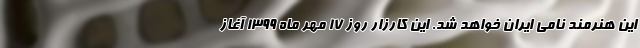
این هنرمند نامی ایران خواهد شد. این کارزار روز 17 مهر ماه 1399 آغاز